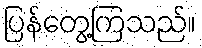
ပြန်တွေ့ကြသည်။